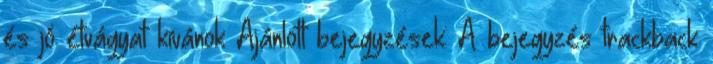
és jó étvágyat kívánok Ajánlott bejegyzések: A bejegyzés trackback